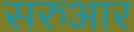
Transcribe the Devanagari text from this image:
सरुआर